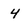
Character: 4